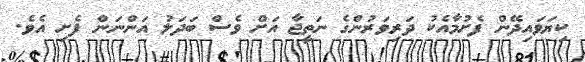
ކިޔަވައިދޭން ފެށުމާއެކު ދަރިވަރުންގެ ނަތީޖާ އަށް ވެސް ބަދަލު އަންނަން ފެށި އެވެ.